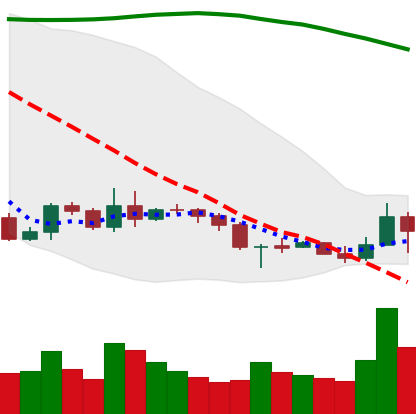
Ticker: BNB-USD
Chart end date: 2019-09-19
Forward return: -25.663%
Label: down_7plus